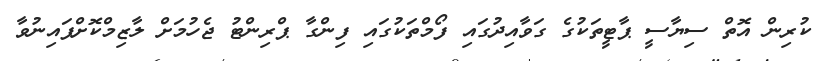
ކުރިން އޮތް ސިޔާސީ ޕާޓީތަކުގެ ގަވާއިދުގައި ފޯމްތަކުގައި ފިންގާ ޕްރިންޓު ޖެހުމަށް ލާޒިމްކޮށްފައިނުވާ